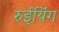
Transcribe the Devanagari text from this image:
रुईयिंग